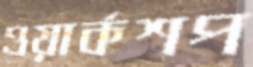
ওয়ার্কশপ